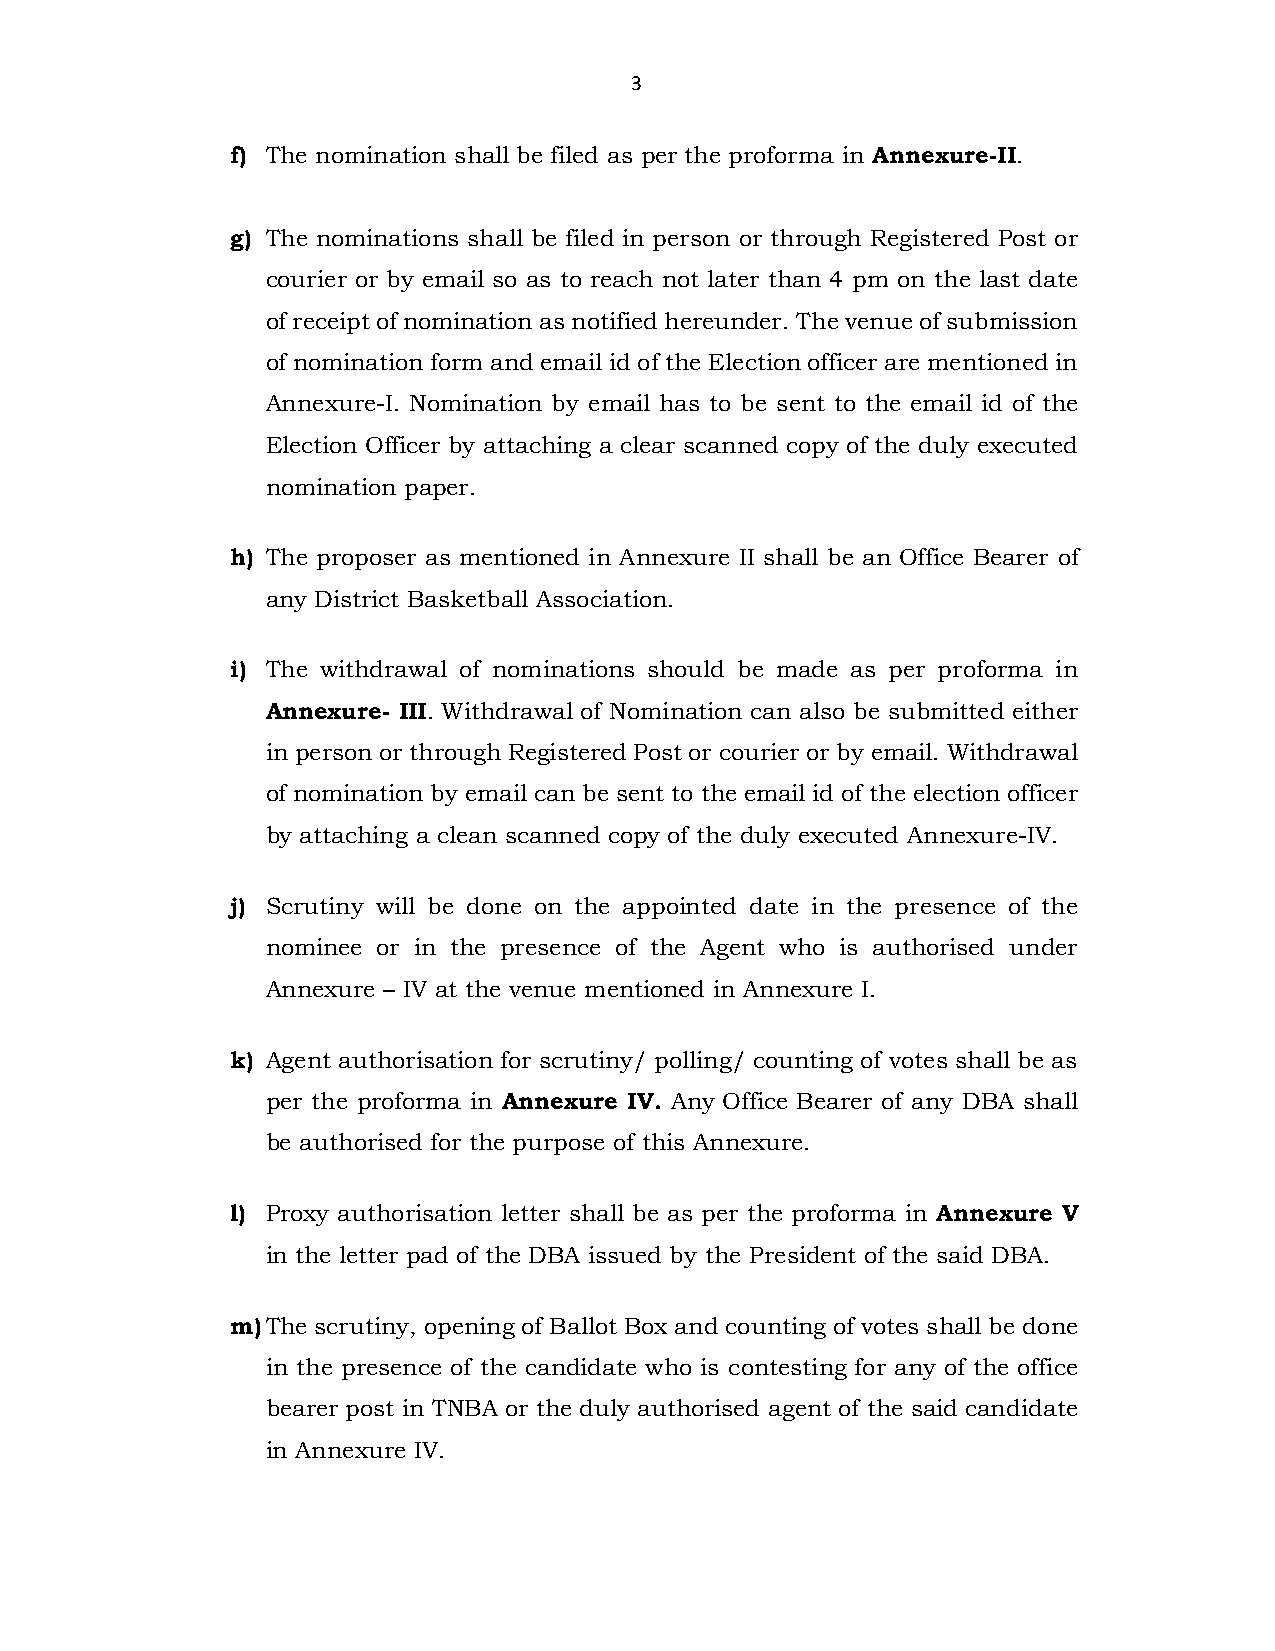
3
 f) The nomination shall be filed as per the proforma in Annexure-II.
 g) The nominations shall be filed in person or through Registered Post or
 courier or by email so as to reach not later than 4 pm on the last date
 of receipt of nomination as notified hereunder. The venue of submission
 of nomination form and email id of the Election officer are mentioned in
 Annexure-I. Nomination by email has to be sent to the email id of the
 Election Officer by attaching a clear scanned copy of the duly executed
 nomination paper.
 h) The proposer as mentioned in Annexure II shall be an Office Bearer of
 any District Basketball Association.
 i) The withdrawal of nominations should be made as per proforma in
 Annexure- III. Withdrawal of Nomination can also be submitted either
 in person or through Registered Post or courier or by email. Withdrawal
 of nomination by email can be sent to the email id of the election officer
 by attaching a clean scanned copy of the duly executed Annexure-IV.
 j) Scrutiny will be done on the appointed date in the presence of the
 nominee or in the presence of the Agent who is authorised under
 Annexure – IV at the venue mentioned in Annexure I.
 k) Agent authorisation for scrutiny/ polling/ counting of votes shall be as
 per the proforma in Annexure IV. Any Office Bearer of any DBA shall
 be authorised for the purpose of this Annexure.
 l) Proxy authorisation letter shall be as per the proforma in Annexure V
 in the letter pad of the DBA issued by the President of the said DBA.
 m) The scrutiny, opening of Ballot Box and counting of votes shall be done
 in the presence of the candidate who is contesting for any of the office
 bearer post in TNBA or the duly authorised agent of the said candidate
 in Annexure IV.